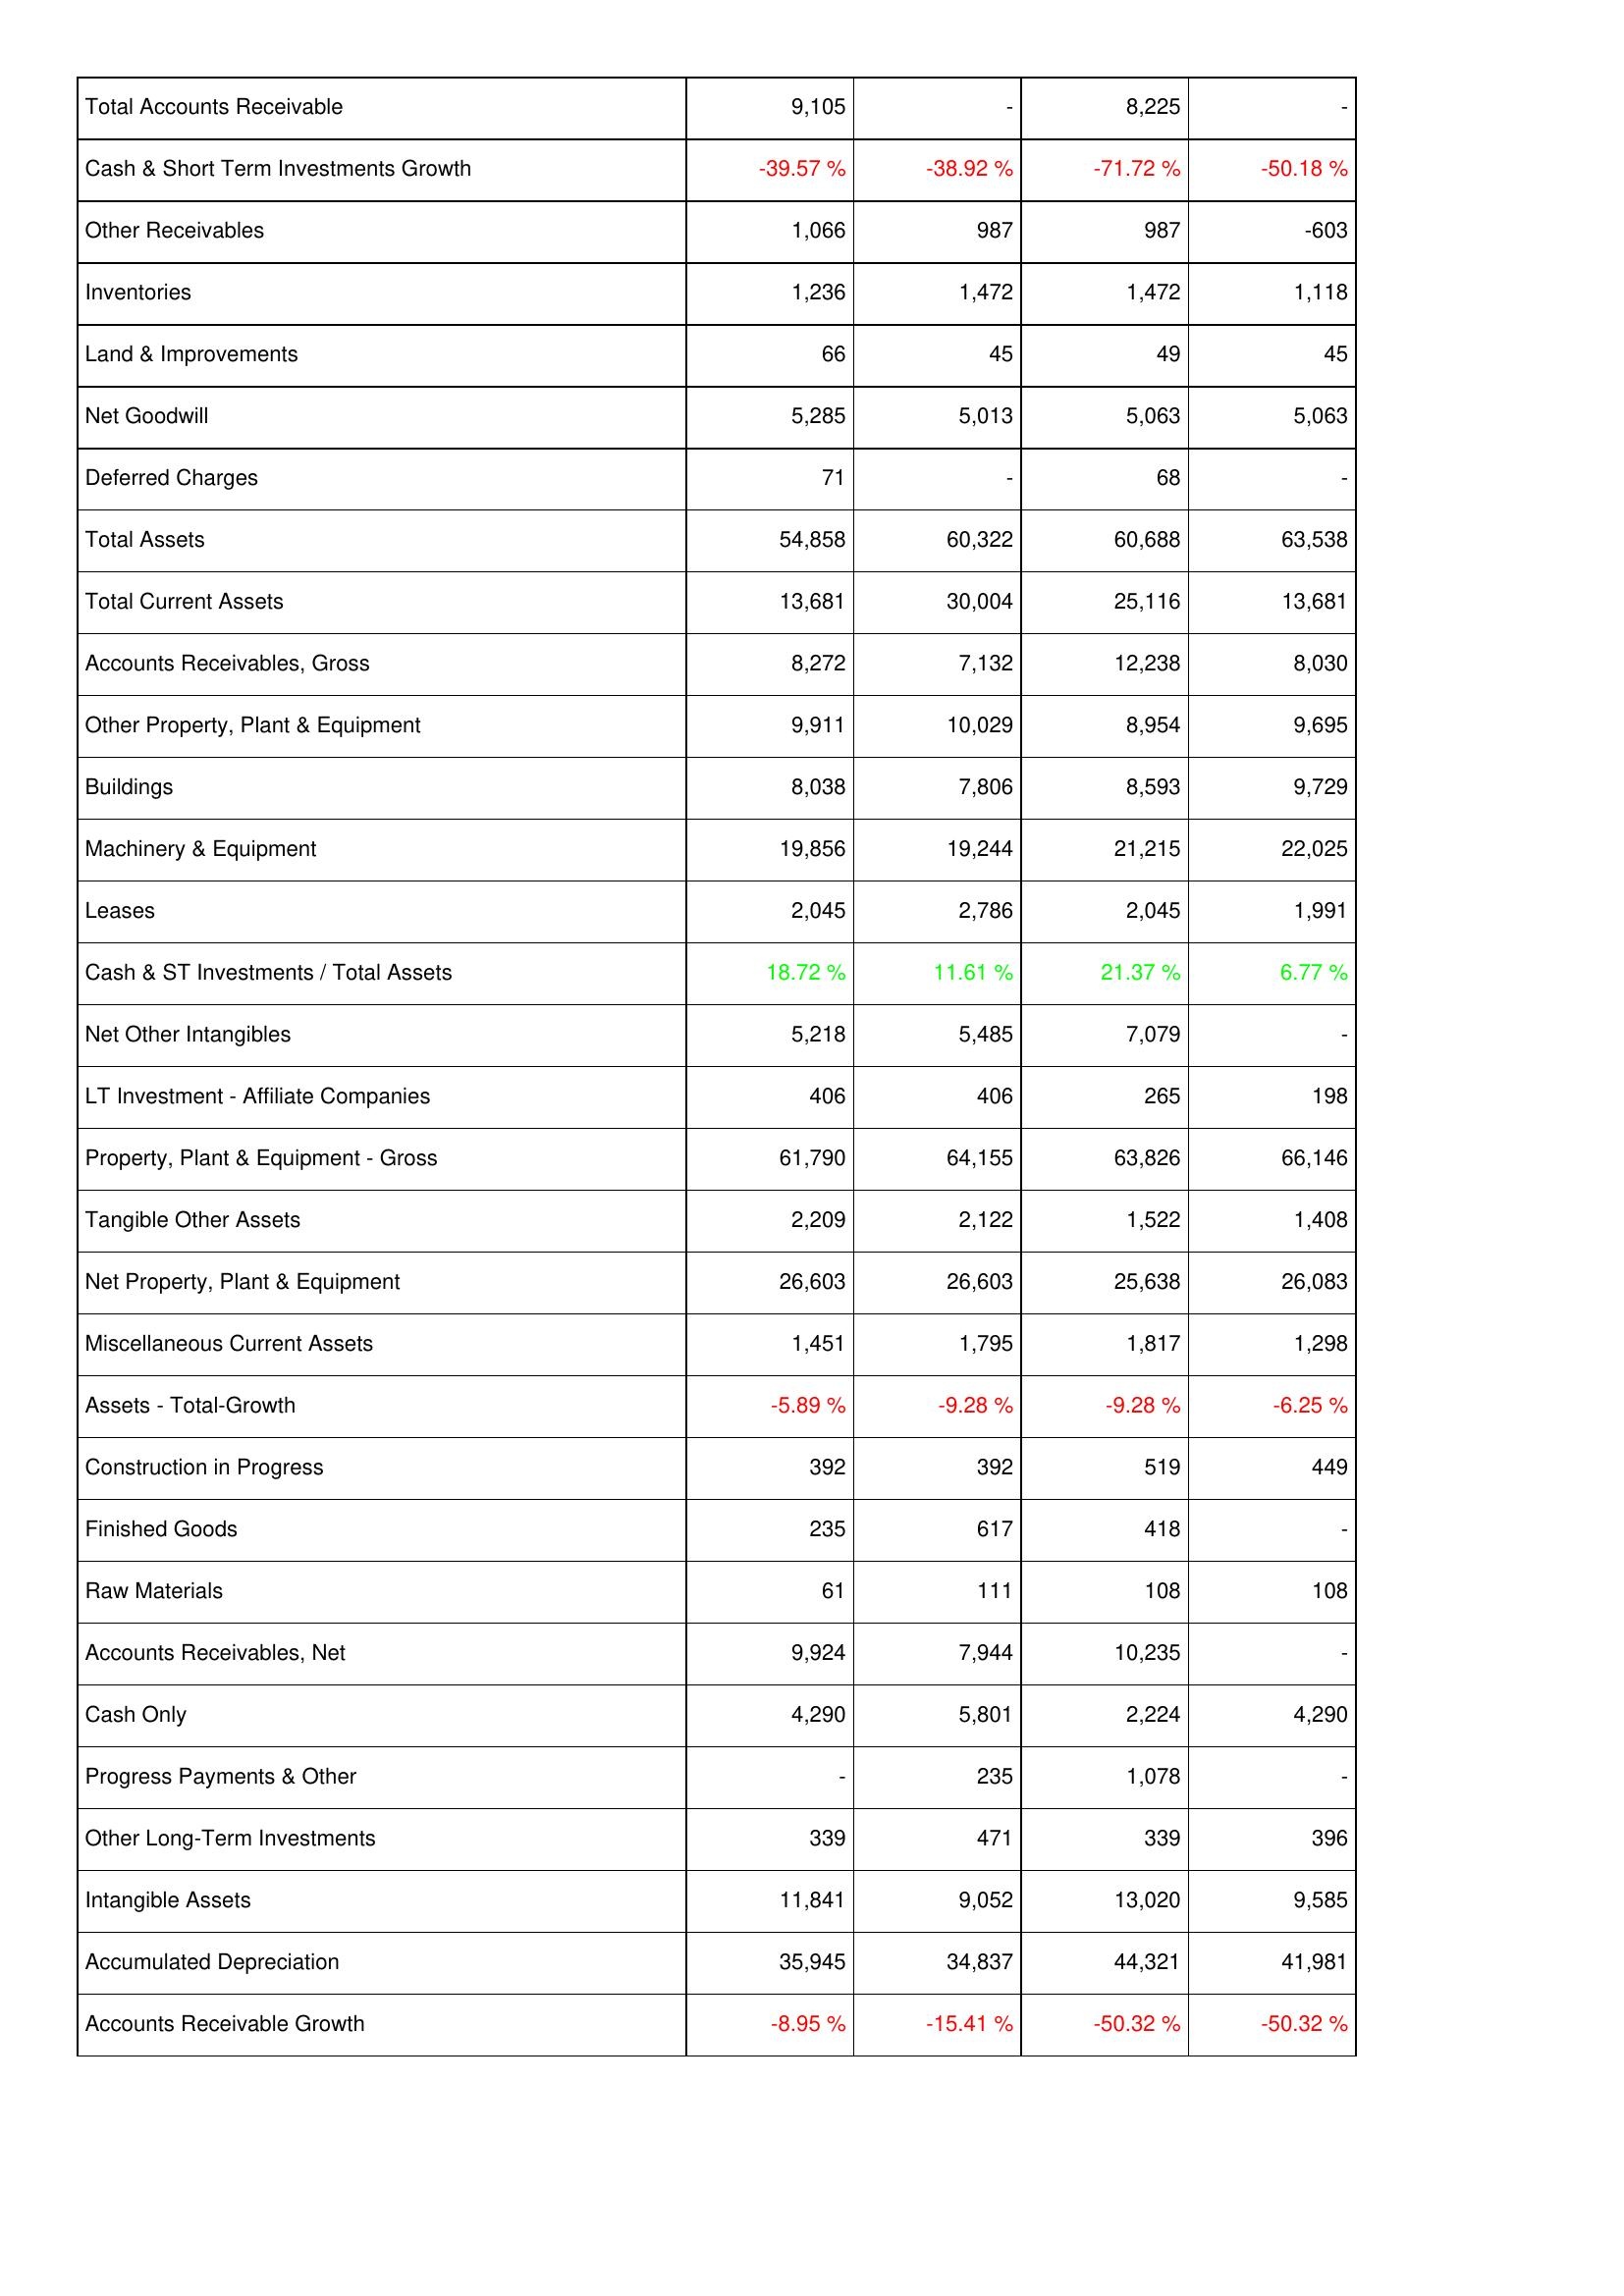
2021: Assets: Total Accounts Receivable: 9,105
Cash & Short Term Investments Growth: -39.57 %
Other Receivables: 1,066
Inventories: 1,236
Land & Improvements: 66
Net Goodwill: 5,285
Deferred Charges: 71
Total Assets: 54,858
Total Current Assets: 13,681
Accounts Receivables, Gross: 8,272
Other Property, Plant & Equipment: 9,911
Buildings: 8,038
Machinery & Equipment: 19,856
Leases: 2,045
Cash & ST Investments / Total Assets: 18.72 %
Net Other Intangibles: 5,218
LT Investment - Affiliate Companies: 406
Property, Plant & Equipment - Gross: 61,790
Tangible Other Assets: 2,209
Net Property, Plant & Equipment: 26,603
Miscellaneous Current Assets: 1,451
Assets - Total-Growth: -5.89 %
Construction in Progress: 392
Finished Goods: 235
Raw Materials: 61
Accounts Receivables, Net: 9,924
Cash Only: 4,290
Progress Payments & Other: -
Other Long-Term Investments: 339
Intangible Assets: 11,841
Accumulated Depreciation: 35,945
Accounts Receivable Growth: -8.95 %
2022: Assets: Total Accounts Receivable: -
Cash & Short Term Investments Growth: -38.92 %
Other Receivables: 987
Inventories: 1,472
Land & Improvements: 45
Net Goodwill: 5,013
Deferred Charges: -
Total Assets: 60,322
Total Current Assets: 30,004
Accounts Receivables, Gross: 7,132
Other Property, Plant & Equipment: 10,029
Buildings: 7,806
Machinery & Equipment: 19,244
Leases: 2,786
Cash & ST Investments / Total Assets: 11.61 %
Net Other Intangibles: 5,485
LT Investment - Affiliate Companies: 406
Property, Plant & Equipment - Gross: 64,155
Tangible Other Assets: 2,122
Net Property, Plant & Equipment: 26,603
Miscellaneous Current Assets: 1,795
Assets - Total-Growth: -9.28 %
Construction in Progress: 392
Finished Goods: 617
Raw Materials: 111
Accounts Receivables, Net: 7,944
Cash Only: 5,801
Progress Payments & Other: 235
Other Long-Term Investments: 471
Intangible Assets: 9,052
Accumulated Depreciation: 34,837
Accounts Receivable Growth: -15.41 %
2023: Assets: Total Accounts Receivable: 8,225
Cash & Short Term Investments Growth: -71.72 %
Other Receivables: 987
Inventories: 1,472
Land & Improvements: 49
Net Goodwill: 5,063
Deferred Charges: 68
Total Assets: 60,688
Total Current Assets: 25,116
Accounts Receivables, Gross: 12,238
Other Property, Plant & Equipment: 8,954
Buildings: 8,593
Machinery & Equipment: 21,215
Leases: 2,045
Cash & ST Investments / Total Assets: 21.37 %
Net Other Intangibles: 7,079
LT Investment - Affiliate Companies: 265
Property, Plant & Equipment - Gross: 63,826
Tangible Other Assets: 1,522
Net Property, Plant & Equipment: 25,638
Miscellaneous Current Assets: 1,817
Assets - Total-Growth: -9.28 %
Construction in Progress: 519
Finished Goods: 418
Raw Materials: 108
Accounts Receivables, Net: 10,235
Cash Only: 2,224
Progress Payments & Other: 1,078
Other Long-Term Investments: 339
Intangible Assets: 13,020
Accumulated Depreciation: 44,321
Accounts Receivable Growth: -50.32 %
2024: Assets: Total Accounts Receivable: -
Cash & Short Term Investments Growth: -50.18 %
Other Receivables: -603
Inventories: 1,118
Land & Improvements: 45
Net Goodwill: 5,063
Deferred Charges: -
Total Assets: 63,538
Total Current Assets: 13,681
Accounts Receivables, Gross: 8,030
Other Property, Plant & Equipment: 9,695
Buildings: 9,729
Machinery & Equipment: 22,025
Leases: 1,991
Cash & ST Investments / Total Assets: 6.77 %
Net Other Intangibles: -
LT Investment - Affiliate Companies: 198
Property, Plant & Equipment - Gross: 66,146
Tangible Other Assets: 1,408
Net Property, Plant & Equipment: 26,083
Miscellaneous Current Assets: 1,298
Assets - Total-Growth: -6.25 %
Construction in Progress: 449
Finished Goods: -
Raw Materials: 108
Accounts Receivables, Net: -
Cash Only: 4,290
Progress Payments & Other: -
Other Long-Term Investments: 396
Intangible Assets: 9,585
Accumulated Depreciation: 41,981
Accounts Receivable Growth: -50.32 %